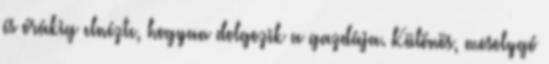
és órákig elnézte, hogyan dolgozik a gazdája. Különös, mosolygó